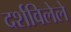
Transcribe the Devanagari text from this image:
दर्शविलेले